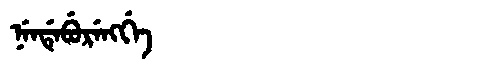
Manchu: ᠨᡝᠨᡩᡝᠪᡠᡵᡝᠩᡤᡝ
Romanization: NENDEBURENGGE